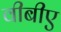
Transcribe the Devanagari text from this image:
वीबीए